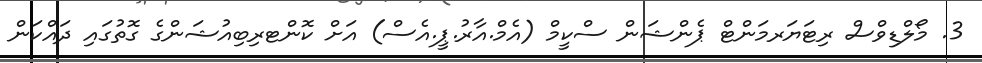
3. މޯލްޑިވްސް ރިޓަޔަރމަންޓް ޕެންޝަން ސްކީމް (އެމް.އާރު.ޕީ.އެސް) އަށް ކޮންޓރިބިއުޝަންގެ ގޮތުގައި ދައްކަން